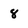
Character: 8